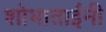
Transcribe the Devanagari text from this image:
शोभाताईंनी